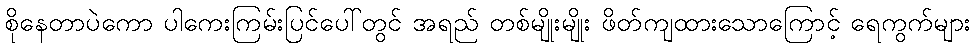
စိုနေတာပဲကော ပါကေးကြမ်းပြင်ပေါ်တွင် အရည် တစ်မျိုးမျိုး ဖိတ်ကျထားသောကြောင့် ရေကွက်များ